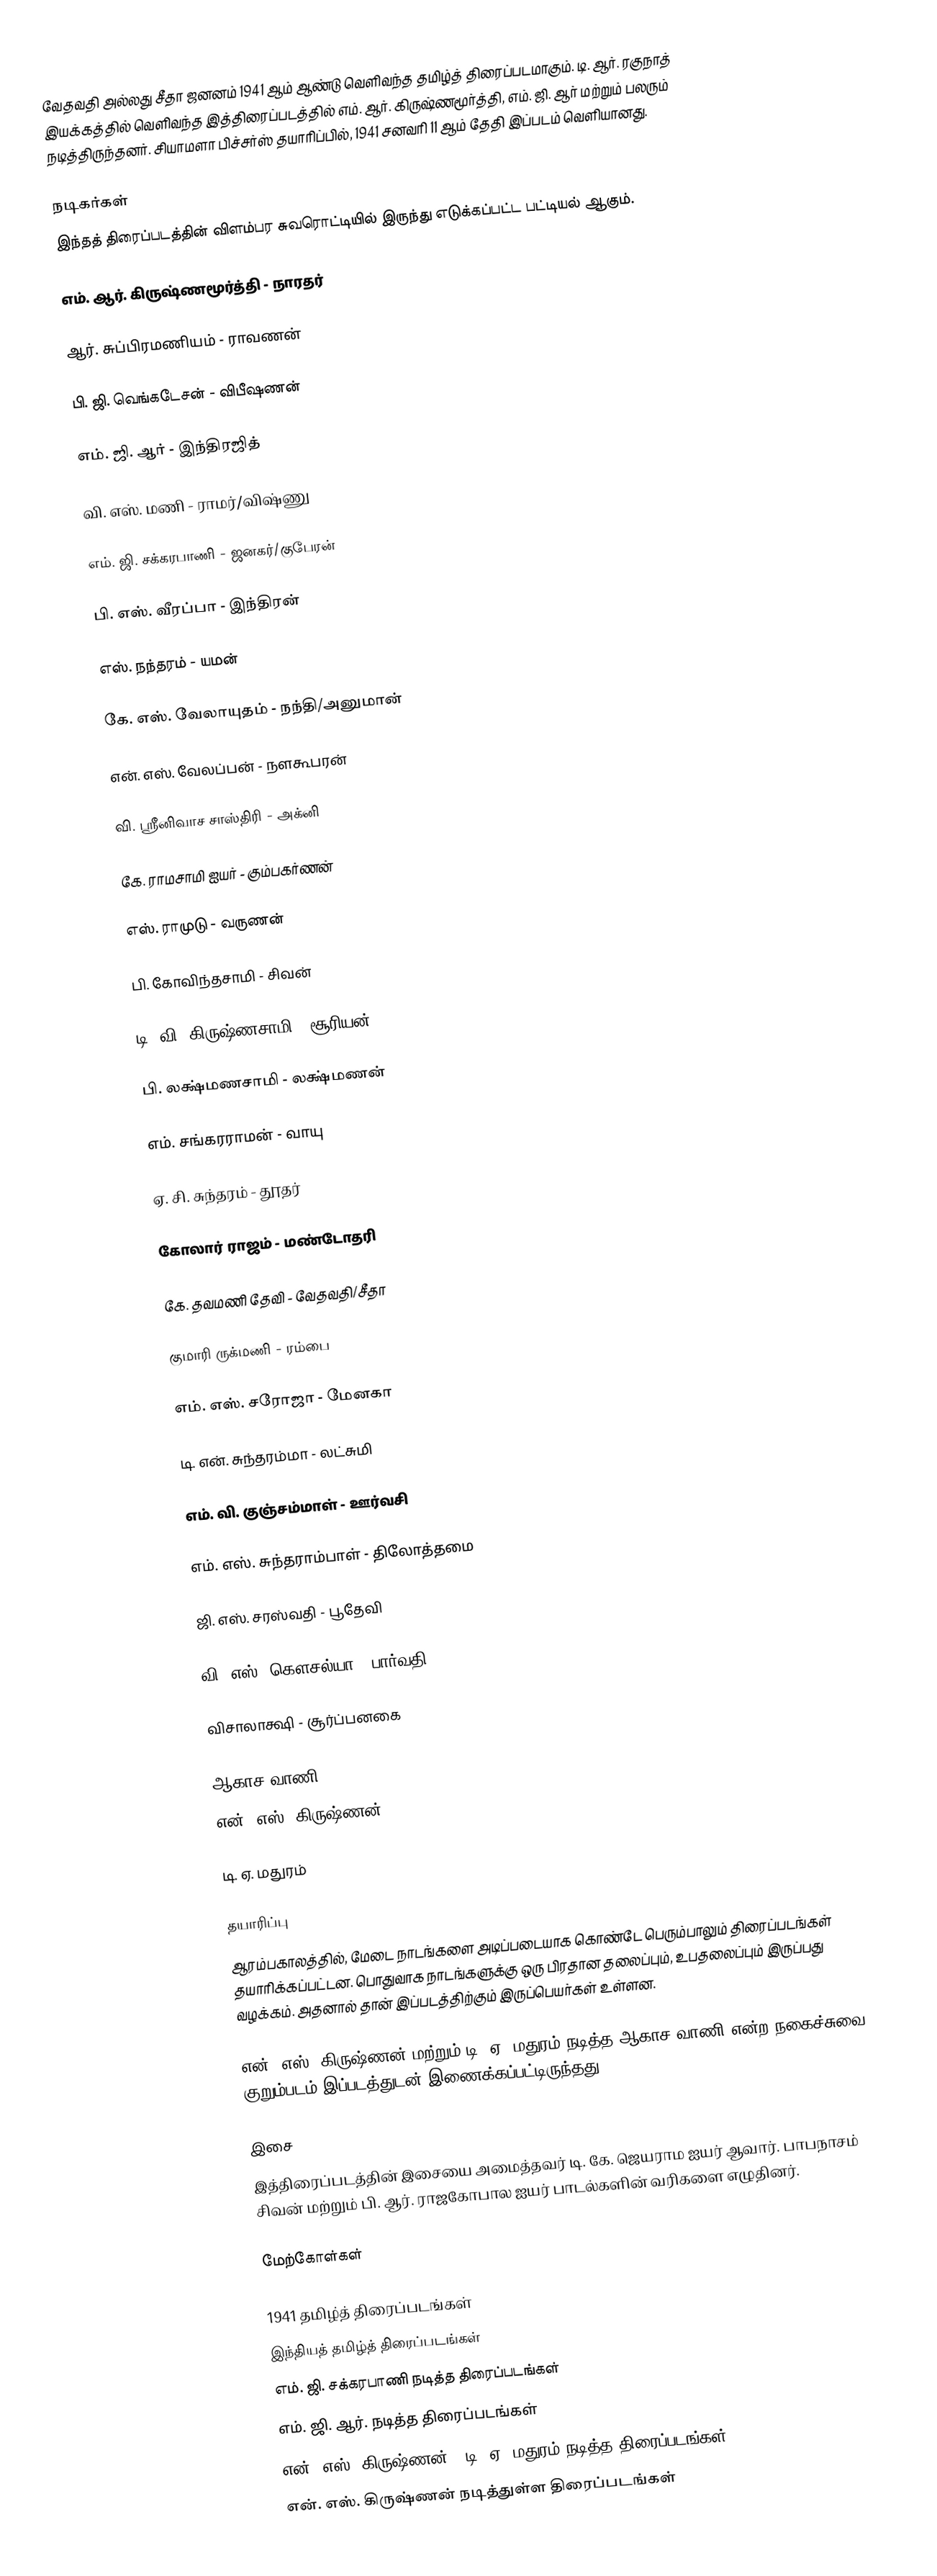
வேதவதி அல்லது சீதா ஜனனம் 1941 ஆம் ஆண்டு வெளிவந்த தமிழ்த் திரைப்படமாகும். டி. ஆர். ரகுநாத் இயக்கத்தில் வெளிவந்த இத்திரைப்படத்தில் எம். ஆர். கிருஷ்ணமூர்த்தி, எம். ஜி. ஆர் மற்றும் பலரும் நடித்திருந்தனர். சியாமளா பிச்சர்ஸ் தயாரிப்பில், 1941 சனவரி 11 ஆம் தேதி இப்படம் வெளியானது.

நடிகர்கள்
இந்தத் திரைப்படத்தின் விளம்பர சுவரொட்டியில் இருந்து எடுக்கப்பட்ட பட்டியல் ஆகும்.

எம். ஆர். கிருஷ்ணமூர்த்தி - நாரதர்

ஆர். சுப்பிரமணியம்  - ராவணன்

பி. ஜி. வெங்கடேசன் - விபீஷணன்

எம். ஜி. ஆர் - இந்திரஜித்

வி. எஸ். மணி  - ராமர்/விஷ்ணு

எம். ஜி. சக்கரபாணி - ஜனகர்/குபேரன்

பி. எஸ். வீரப்பா - இந்திரன்

எஸ். நந்தரம் - யமன்

கே. எஸ். வேலாயுதம் - நந்தி/அனுமான்

என். எஸ். வேலப்பன் - நளகூபரன்

வி. ஸ்ரீனிவாச சாஸ்திரி - அக்னி

கே. ராமசாமி ஐயர் - கும்பகர்ணன்

எஸ். ராமுடு - வருணன்

பி. கோவிந்தசாமி - சிவன்

டி. வி. கிருஷ்ணசாமி - சூரியன்

பி. லக்ஷ்மணசாமி - லக்ஷ்மணன்

எம். சங்கரராமன் - வாயு

ஏ. சி. சுந்தரம் - தூதர்

கோலார் ராஜம் - மண்டோதரி

கே. தவமணி தேவி - வேதவதி/சீதா

குமாரி ருக்மணி - ரம்பை

எம். எஸ். சரோஜா - மேனகா

டி. என். சுந்தரம்மா - லட்சுமி

எம். வி. குஞ்சம்மாள் - ஊர்வசி

எம். எஸ். சுந்தராம்பாள் - திலோத்தமை

ஜி. எஸ். சரஸ்வதி - பூதேவி

வி. எஸ். கௌசல்யா - பார்வதி

விசாலாக்ஷி - சூர்ப்பனகை

ஆகாச வாணி
என். எஸ். கிருஷ்ணன்

டி. ஏ. மதுரம்

தயாரிப்பு
ஆரம்பகாலத்தில், மேடை நாடங்களை அடிப்படையாக கொண்டே  பெரும்பாலும் திரைப்படங்கள் தயாரிக்கப்பட்டன. பொதுவாக நாடங்களுக்கு ஒரு பிரதான தலைப்பும், உபதலைப்பும் இருப்பது வழக்கம். அதனால் தான் இப்படத்திற்கும் இருப்பெயர்கள் உள்ளன.

என். எஸ். கிருஷ்ணன் மற்றும் டி. ஏ. மதுரம் நடித்த ஆகாச வாணி என்ற நகைச்சுவை குறும்படம் இப்படத்துடன் இணைக்கப்பட்டிருந்தது.

இசை
இத்திரைப்படத்தின் இசையை அமைத்தவர் டி. கே. ஜெயராம ஐயர் ஆவார். பாபநாசம் சிவன் மற்றும் பி. ஆர். ராஜகோபால ஐயர் பாடல்களின் வரிகளை எழுதினர்.

மேற்கோள்கள்

1941 தமிழ்த் திரைப்படங்கள்
இந்தியத் தமிழ்த் திரைப்படங்கள்
எம். ஜி. சக்கரபாணி நடித்த திரைப்படங்கள்
எம். ஜி. ஆர். நடித்த திரைப்படங்கள்
என். எஸ். கிருஷ்ணன் - டி. ஏ. மதுரம் நடித்த திரைப்படங்கள்
என். எஸ். கிருஷ்ணன் நடித்துள்ள திரைப்படங்கள்